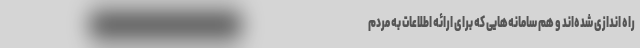
راه اندازی شده‌اند و هم سامانه‌هایی که برای ارائه اطلاعات به مردم